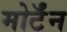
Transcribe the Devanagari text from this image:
मोर्टॅन